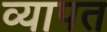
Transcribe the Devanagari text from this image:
व्‍यापत